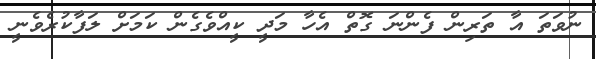
ނުވަތަ އާ ތަރިން ފެންނަ ގޮތް އެހާ މަދީ ކީއްވެގެން ކަމަށް ލަފާކުރެވެނީ